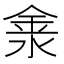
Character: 淾